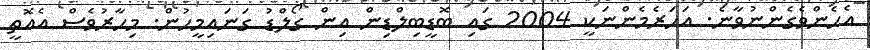
އެހެންވެގެންނުވާނެ. އަހަރެމެންނަކީ 2004 ގައި ބޮޑީބިލްޑިން އިން ގޯލްޑު ގަނައިމީހުން. މިހާރުވެސް އެއޮތީ